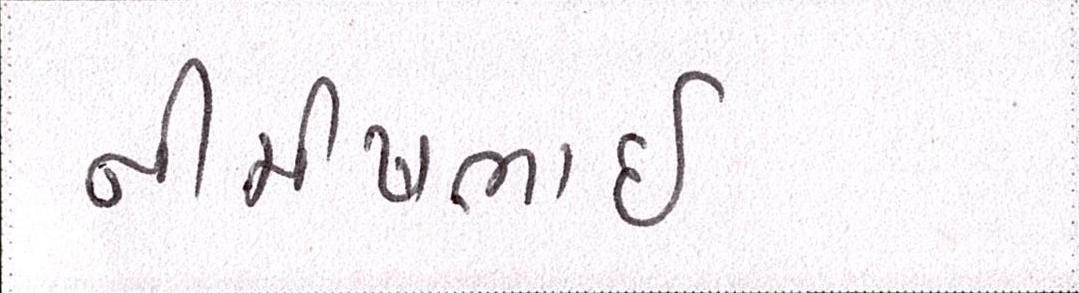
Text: નીમીષભાઈ